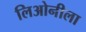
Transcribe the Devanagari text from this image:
लिओनीला